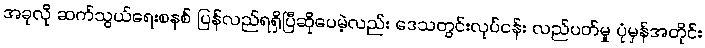
အခုလို ဆက်သွယ်ရေးစနစ် ပြန်လည်ရရှိပြီဆိုပေမဲ့လည်း ဒေသတွင်းလုပ်ငန်း လည်ပတ်မှု ပုံမှန်အတိုင်း